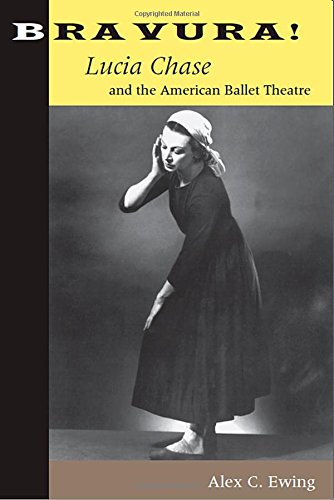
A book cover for Bravura!: Lucia Chase and the American Ballet Theatre; Alex C. Ewing; Biographies & Memoirs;